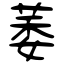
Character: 萎